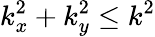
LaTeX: k_{x}^{2}+k_{y}^{2}\leq k^{2}